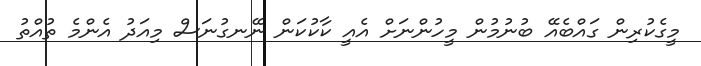
މީގެކުރިން ގައްބެއޭ ބުނުމުން މީހުންނަށް އެއީ ކާކުކަން ނޭނގުނަސް މިއަދު އެންމެ ތުއްތު